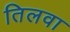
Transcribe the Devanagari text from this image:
तिलवा